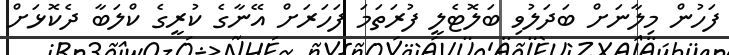
ފަހުން މިލާނަށް ބަދަލުވި ބަލޮޓެލީ ފުރަތަމަ ފަހަރަށް އޭނާގެ ކުރީގެ ކްލަބާ ދެކޮޅަށް